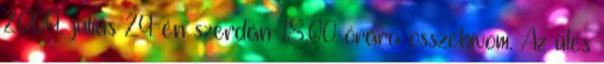
2009. július 29-én szerdán 18,00 órára összehívom. Az ülés